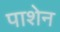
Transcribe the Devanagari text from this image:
पाशेन